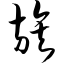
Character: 族